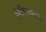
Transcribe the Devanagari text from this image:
चिकित्साकर्म